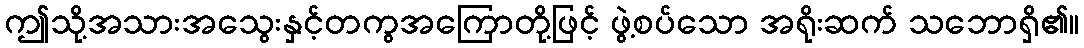
ဤသို့အသားအသွေးနှင့်တကွအကြောတို့ဖြင့် ဖွဲ့စပ်သော အရိုးဆက် သဘောရှိ၏။